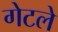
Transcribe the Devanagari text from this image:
गेटले